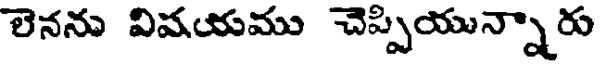
లెనను విషయము చెప్పియున్నారు